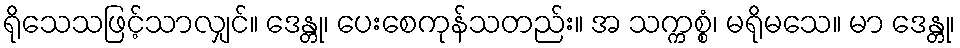
ရိုသေသဖြင့်သာလျှင်။ ဒေန္တု၊ ပေးစေကုန်သတည်း။ အ သက္ကစ္စံ၊ မရိုမသေ။ မာ ဒေန္တု၊